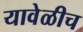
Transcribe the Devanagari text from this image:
यावेळीच